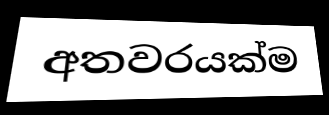
අතවරයක්ම